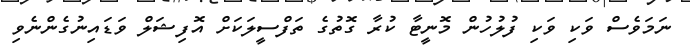
ނަމަވެސް ވަކި ވަކި ފުލުހުން މޮނީޓާ ކުރާ ގޮތުގެ ތަފްސީލަކަށް އޮފިޝަލް ވަޑައިނުގެންނެވި